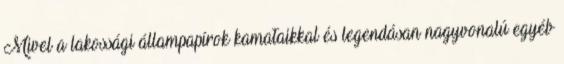
Mivel a lakossági állampapírok kamataikkal és legendásan nagyvonalú egyéb